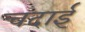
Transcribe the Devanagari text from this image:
चदाई